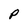
Character: P